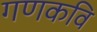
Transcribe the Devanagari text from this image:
गणकवि